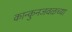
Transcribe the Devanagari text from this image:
कान्कुनजवळच्या